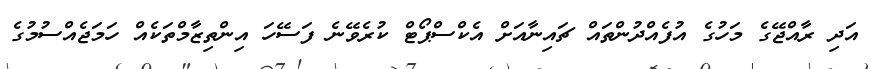
އަދި ރާއްޖޭގެ މަހުގެ އުފެއްދުންތައް ޗައިނާއަށް އެކްސްޕޯޓް ކުރެވޭނެ ފަސޭހަ އިންތިޒާމްތަކެއް ހަމަޖެއްސުމުގެ